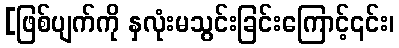
[ဖြစ်ပျက်ကို နှလုံးမသွင်းခြင်းကြောင့်၎င်း၊